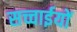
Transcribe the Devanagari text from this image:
सच्चाईयों